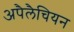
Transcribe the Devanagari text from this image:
अपैलैचियन